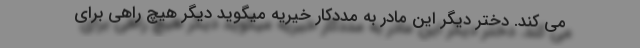
می کند. دختر دیگر این مادر به مددکار خیریه میگوید دیگر هیچ راهی برای